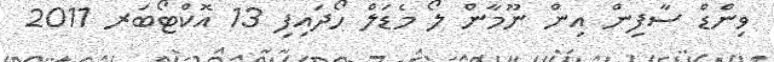
ވިންޑް ސާފިން އިން ނޫމާން ލޯ މެޑަލް ހޯދައިފި 13 އޮކްޓޯބަރ 2011